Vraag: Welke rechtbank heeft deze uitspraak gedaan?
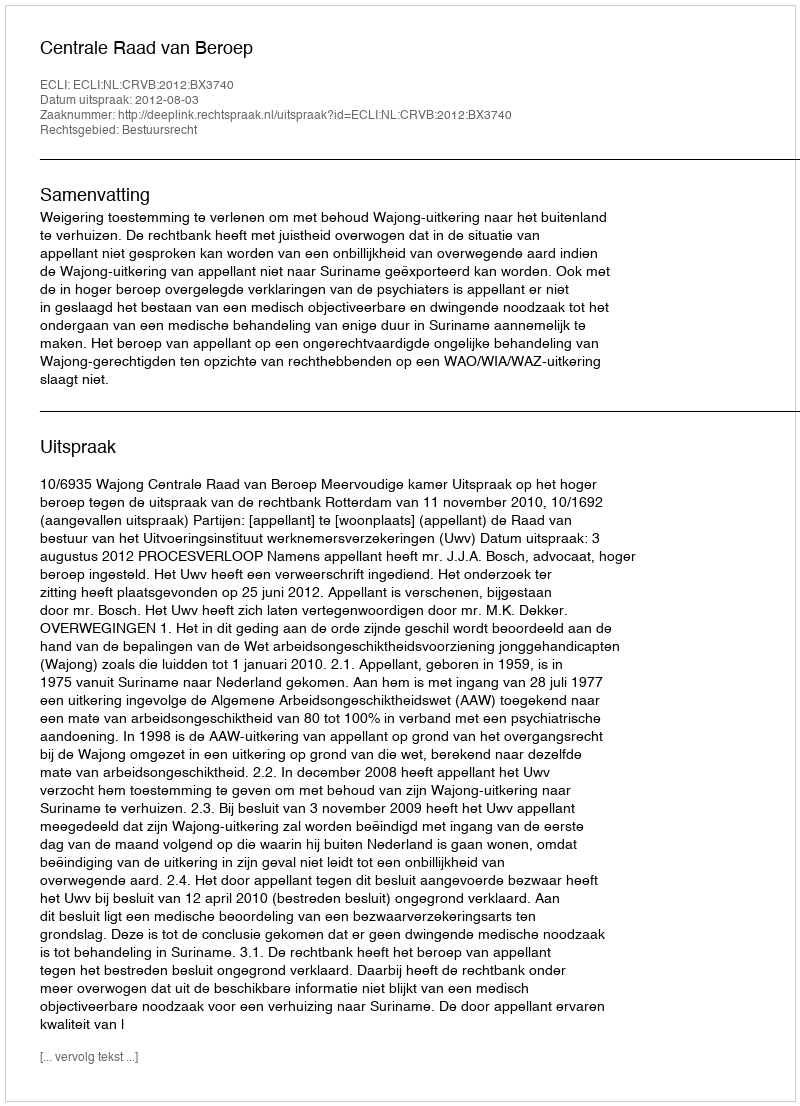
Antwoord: Centrale Raad van Beroep